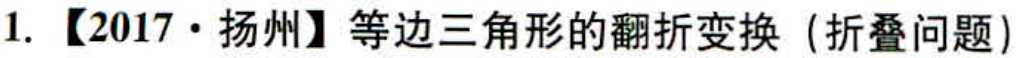
1. 【2017·扬州】等边三角形的翻折变换（折叠问题）